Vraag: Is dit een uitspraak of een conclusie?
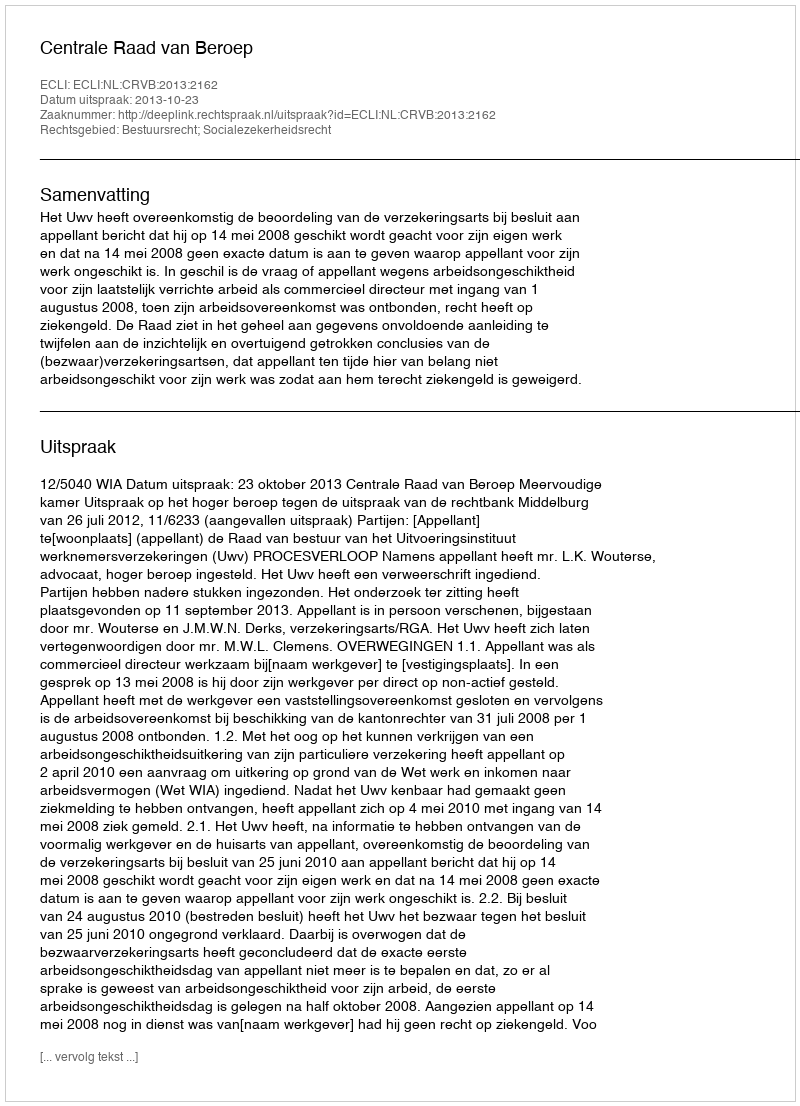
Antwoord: Uitspraak